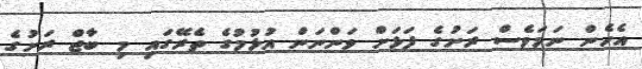
އެހެން ނަމަވެސް ރަށުގެ ފަޅަށް ވަންނަން އުޅުމުގެ ތެރޭގައި މި ބާޖް ރަށުގެ